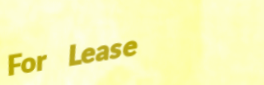
For Lease